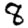
Digit: 8